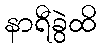
နာရီခွဲထိ